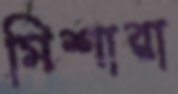
মিশারা